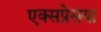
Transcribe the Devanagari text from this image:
एक्सप्रेसया